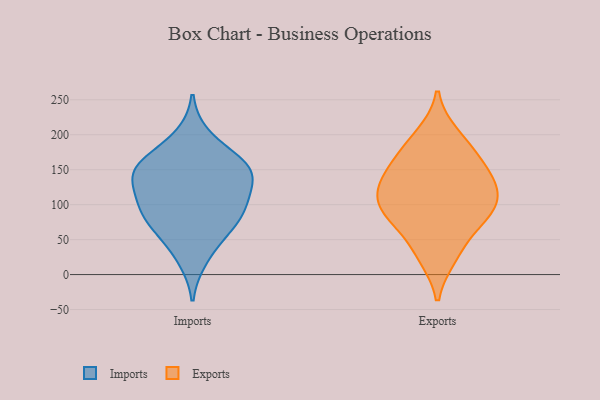
{"axis": {"x": "Production Output", "y": "Value"}, "legend": ["Exports", "Imports"], "data": [{"x": "", "y": 155, "type": "Imports"}, {"x": "", "y": 90, "type": "Imports"}, {"x": "", "y": 22, "type": "Imports"}, {"x": "", "y": 147, "type": "Imports"}, {"x": "", "y": 155, "type": "Imports"}, {"x": "", "y": 127, "type": "Imports"}, {"x": "", "y": 198, "type": "Imports"}, {"x": "", "y": 99, "type": "Imports"}, {"x": "", "y": 127, "type": "Imports"}, {"x": "", "y": 77, "type": "Imports"}, {"x": "", "y": 72, "type": "Imports"}, {"x": "", "y": 163, "type": "Imports"}, {"x": "", "y": 102, "type": "Imports"}, {"x": "", "y": 52, "type": "Imports"}, {"x": "", "y": 152, "type": "Imports"}, {"x": "", "y": 157, "type": "Exports"}, {"x": "", "y": 26, "type": "Exports"}, {"x": "", "y": 119, "type": "Exports"}, {"x": "", "y": 165, "type": "Exports"}, {"x": "", "y": 105, "type": "Exports"}, {"x": "", "y": 121, "type": "Exports"}, {"x": "", "y": 136, "type": "Exports"}, {"x": "", "y": 93, "type": "Exports"}, {"x": "", "y": 89, "type": "Exports"}, {"x": "", "y": 77, "type": "Exports"}, {"x": "", "y": 139, "type": "Exports"}, {"x": "", "y": 81, "type": "Exports"}, {"x": "", "y": 33, "type": "Exports"}, {"x": "", "y": 188, "type": "Exports"}, {"x": "", "y": 199, "type": "Exports"}]}